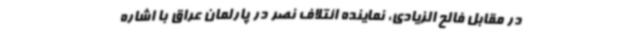
در مقابل فالح الزیادی، نماینده ائتلاف نصر در پارلمان عراق با اشاره